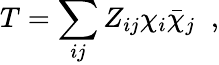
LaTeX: T=\sum_{ij}Z_{ij}\chi_{i}\bar{\chi}_{j}\; \; ,